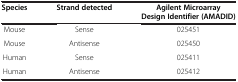
<table><thead><tr><td><b>Species</b></td><td><b>Strand detected</b></td><td><b>Agilent Microarray Design Identifier (AMADID)</b></td></tr></thead><tbody><tr><td>Mouse</td><td>Sense</td><td>025451</td></tr><tr><td>Mouse</td><td>Antisense</td><td>025450</td></tr><tr><td>Human</td><td>Sense</td><td>025411</td></tr><tr><td>Human</td><td>Antisense</td><td>025412</td></tr></tbody></table>